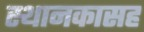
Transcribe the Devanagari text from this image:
स्थानकासह